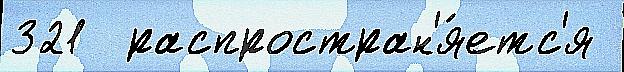
321  распростран'я́етс'я